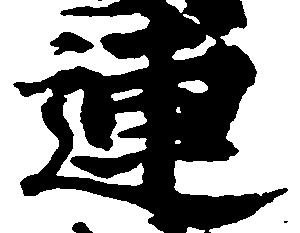
連